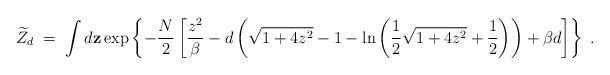
LaTeX: \begin{align*}\widetilde{Z}_d\;=\; \int d {\bf z}\exp \left\{-{N\over 2} \left[{z^2\over \beta} - d\left( \sqrt{1+4z^2} -1 - \ln\left( {1\over 2}\sqrt{1+4z^2}+{1\over 2}\right)\right) + \beta d \right]\right\}\; .\end{align*}